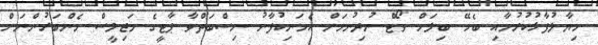
ހިޔާލުފާޅުކުރުމާއި ބެހޭ ބިލަށް ވޯޓް ނުދިނުމަށް އެމަނިކުފާނު ނިސްބަތްވާ ޕާޓީގެ މަޖިލީސް މެންބަރުންނަށް